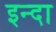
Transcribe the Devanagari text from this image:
इन्दा